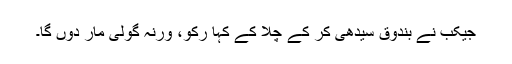
جیکب نے بندوق سیدھی کر کے چلا کے کہا رکو، ورنہ گولی مار دوں گا۔